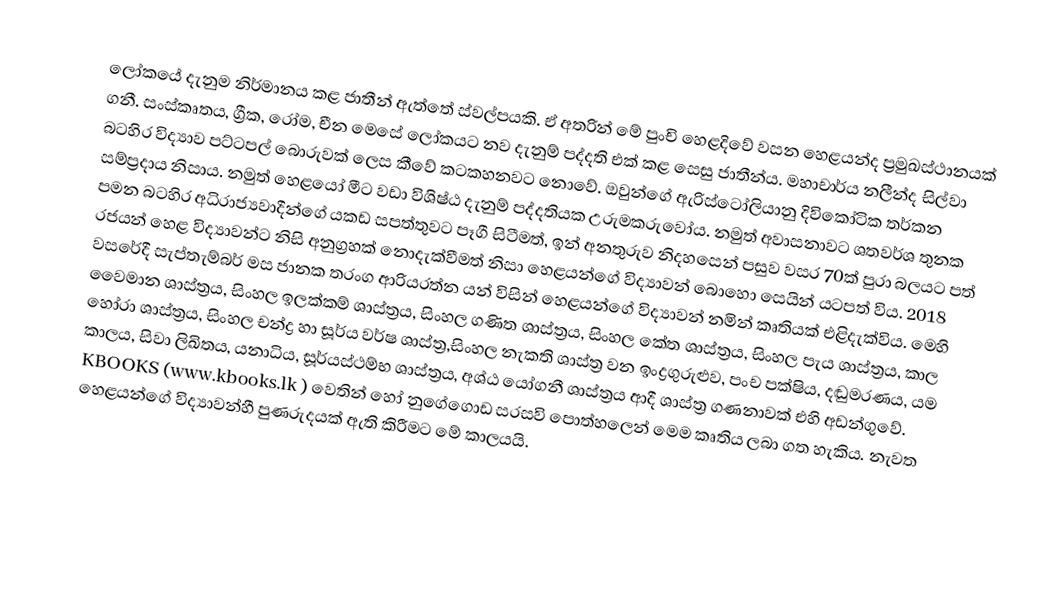
ලෝකයේ දැනුම නිර්මානය කළ ජාතීන් ඇත්තේ ස්වල්පයකි. ඒ අතරින් මේ පුංචි හෙළදිවේ වසන හෙළයන්ද ප්‍රමුඛස්ථානයක් ගනී. ‍සංස්කෘතය, ග්‍රීක, රෝම, චීන මෙසේ ලෝකයට නව දැනුම් පද්දති එක් කළ සෙසු ජාතීන්ය. මහාචාර්ය නලීන්ද සිල්වා බටහිර විද්‍යාව පට්ටපල් බොරුවක් ලෙස කීවේ කටකහනවට නොවේ. ඔවුන්ගේ ඇරිස්ටෝලියානු දිවිකෝටික තර්කන සම්ප්‍රදාය නිසාය. නමුත් හෙළයෝ මීට වඩා විශිෂ්ඨ දැනුම් පද්දතියක උරුමකරුවෝය. නමුත් අවාසනාවට ශතවර්ශ තුනක පමන බටහිර අධිරාජ්‍යවාදීන්ගේ යකඩ සපත්තුවට පෑගී සිටීමත්, ඉන් අනතුරුව නිදහසෙන් පසුව වසර 70ක් පුරා බලයට පත් රජයන් හෙළ විද්‍යාවන්ට නිසි අනුග්‍රහක් නොදැක්වීමත් නිසා හෙළයන්ගේ විද්‍යාවන් බොහො සෙයින් යටපත් විය. 2018 වසරේදී සැප්තැම්බර් මස ජානක තරංග ආරියරත්න යන් විසින් හෙළයන්ගේ විද්‍යාවන් නමින් කෘතියක් එළිදැක්විය. මෙහි වෛමාන ශාස්ත්‍රය, සිංහල ඉලක්කම් ශාස්ත්‍රය, සිංහල ගණිත ශාස්ත්‍රය, සිංහල කේත ශාස්ත්‍රය, සිංහල පැය ශාස්ත්‍රය, කාල හෝරා ශාස්ත්‍රය, සිංහල චන්ද්‍ර හා සූර්ය වර්ෂ ශාස්ත්‍ර,සිංහල නැකති ශාස්ත්‍ර වන ඉංද්‍රගුරුළුව, පංච පක්ෂිය, දඬුමරණය, යම කාලය, සිවා ලිඛිතය, යනාධිය, සූර්යස්ථම්භ ශාස්ත්‍රය, අශ්ඨ යෝගනී ශාස්ත්‍රය ආදී ශාස්ත්‍ර ගණනාවක් එහි අඩන්ගුවේ. KBOOKS (www.kbooks.lk ) වෙතින් හෝ නුගේගොඩ සරසවි පොත්හලෙන් මෙම කෘතිය ලබා ගත හැකිය. නැවත හෙළයන්ගේ විද්‍යාවන්හී පුණරුදයක් ඇති කිරීමට මේ කාලයයි.